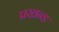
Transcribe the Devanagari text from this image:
प्रखन्ड